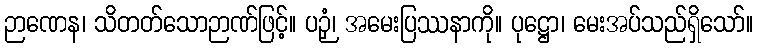
ဉာဏေန၊ သိတတ်သောဉာဏ်ဖြင့်။ ပဉှံ၊ အမေးပြဿနာကို။ ပုဋ္ဌော၊ မေးအပ်သည်ရှိသော်။